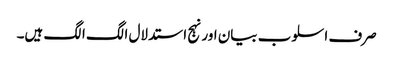
صرف اسلوب بیان اور نہج استدلال الگ الگ ہیں۔